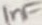
Text: 1nF